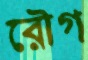
রৌগ